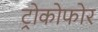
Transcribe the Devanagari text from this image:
ट्रोकोफोर